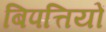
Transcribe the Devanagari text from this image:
बिपत्तियों